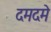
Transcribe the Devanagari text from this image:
दमदमे